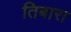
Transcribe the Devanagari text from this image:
तिबारा